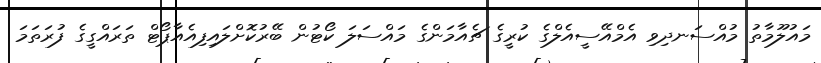
މައުލޫމާތު މުއްސަނދިވި އެމްއޭސީއެލްގެ ކުރީގެ ޗެއާމަންގެ މައްސަލަ ކޯޓުން ބޭރުކޮށްލައިފިއެއާޕޯޓް ތަރައްގީގެ ފުރަތަމަ